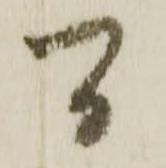
間